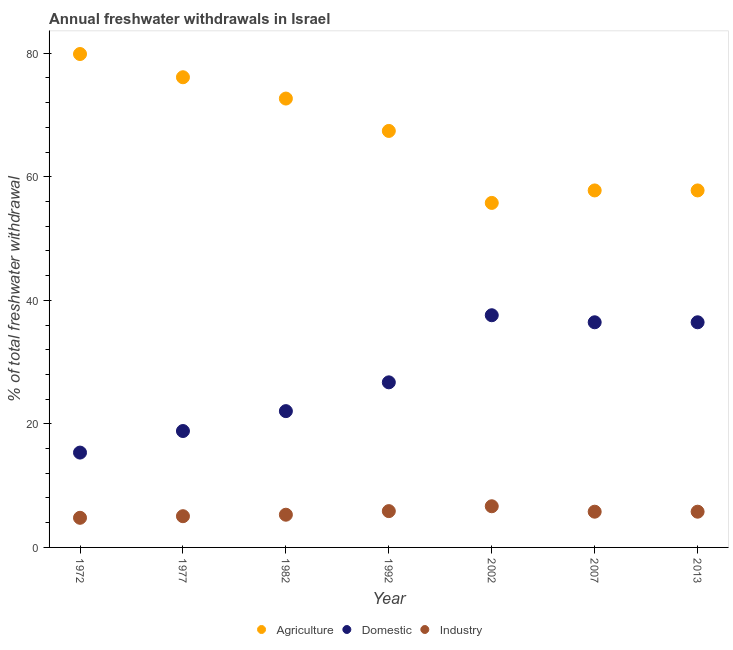
| Year | Agriculture | Domestic | Industry |
 | --- | --- | --- | --- |
 | 1972 | 79.9 | 15.3 | 4.79 |
 | 1977 | 76.1 | 18.8 | 5.05 |
 | 1982 | 72.7 | 22.1 | 5.29 |
 | 1992 | 67.4 | 26.7 | 5.88 |
 | 2002 | 55.8 | 37.6 | 6.66 |
 | 2007 | 57.8 | 36.4 | 5.78 |
 | 2013 | 57.8 | 36.4 | 5.78 |